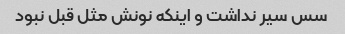
سس سیر نداشت و اینکه نونش مثل قبل نبود